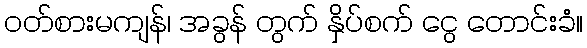
ဝတ်စားမကျန်၊ အခွန် တွက် နှိပ်စက် ငွေ တောင်းခံ။